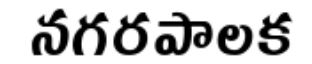
నగరపాలక